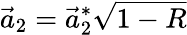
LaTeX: \vec{a}_{2}=\vec{a}_{2}^{*}\sqrt{1-R}